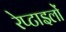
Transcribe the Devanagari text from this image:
रेप्टाइलों